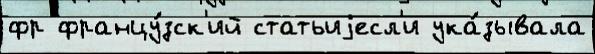
фр францу́зск'ий статьиjесл'и ука́зывала